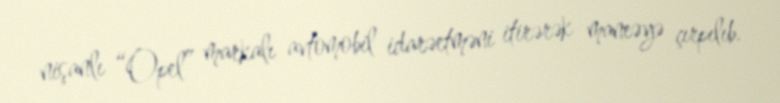
nişanlı “Opel” markalı avtomobil idarəetməni itirərək maneəyə çırpılıb.